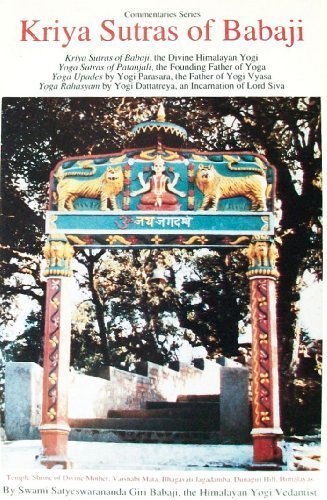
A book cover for Kriya Sutras of Babaji (Commentaries series); Satyeawarananda Giri Babaji; Religion & Spirituality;